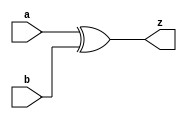
// This program was cloned from: https://github.com/aolofsson/oh
// License: MIT License

//#############################################################################
//# Function: 2-Input Exclusive-Or Gate                                       #
//# Copyright: OH Project Authors. ALl rights Reserved.                       #
//# License:  MIT (see LICENSE file in OH repository)                         #
//#############################################################################

module asic_xor2 #(parameter PROP = "DEFAULT")   (
    input  a,
    input  b,
    output z
    );

   assign z =  a ^ b;

endmodule